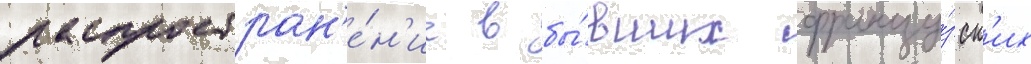
распростран'е́н'ие в бы́вших францу́зск'их